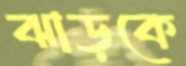
ঝাড়কে